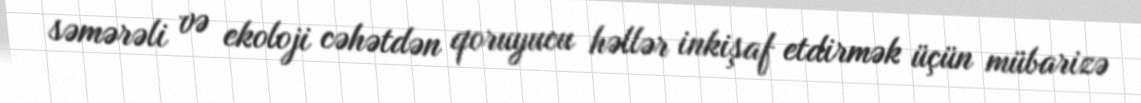
səmərəli və ekoloji cəhətdən qoruyucu həllər inkişaf etdirmək üçün mübarizə